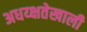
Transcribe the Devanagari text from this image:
अधय्क्षतेखाली